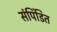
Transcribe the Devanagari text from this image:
संपिंडित